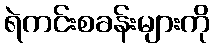
ရဲကင်းစခန်းများကို